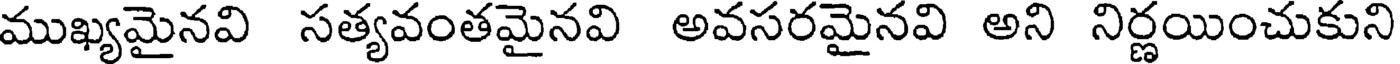
ముఖ్యమైనవి సత్యవంతమైనవి అవసరమైనవి అని నిర్ణయించుకుని